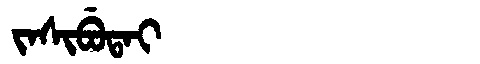
Manchu: ᠵᠠᠰᡳᠪᡠᡨᠠᡳ
Romanization: JASIBUTAI